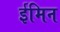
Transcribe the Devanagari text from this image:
ईमिन